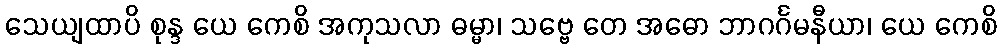
သေယျထာပိ စုန္ဒ ယေ ကေစိ အကုသလာ ဓမ္မာ၊ သဗ္ဗေ တေ အဓော ဘာဂင်္ဂမနီယာ၊ ယေ ကေစိ